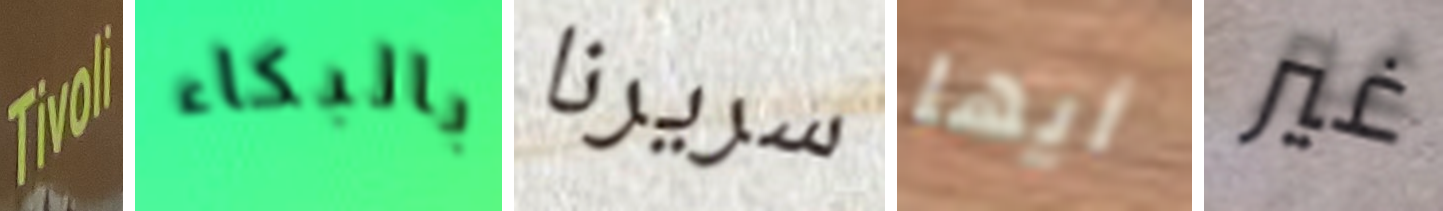
Tivoli بالبكاء سريرنا أيها غير